Lunatic asylums Bombay report 1878-1890 - 1878-1890
Year: 1878
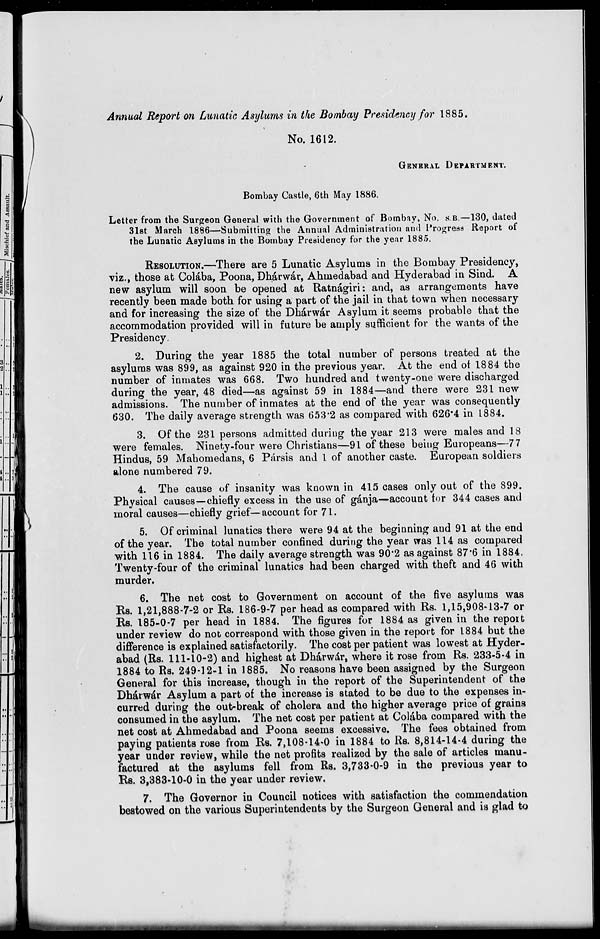
Annual Report on Lunatic Asylums in the Bombay Presidency for 1885.
No. 1612.
GENERAL DEPARTMENT.
Bombay Castle, 6th May 1886.
Letter from the Surgeon General with the Government of Bombay, No. S.B.—130, dated
31st March 1886—Submitting the Annual Administration and Progress Report of
the Lunatic Asylums in the Bombay Presidency for the year 1885.
RESOLUTION.—There are 5 Lunatic Asylums in the Bombay Presidency,
viz., those at Colába, Poona, Dhárwár, Ahmedabad and Hyderabad in Sind. A
new asylum will soon be opened at Ratnágiri: and, as arrangements have
recently been made both for using a part of the jail in that town when necessary
and for increasing the size of the Dhárwár Asylum it seems probable that the
accommodation provided will in future be amply sufficient for the wants of the
Presidency.
2. During the year 1885 the total number of persons treated at the
asylums was 899, as against 920 in the previous year. At the end of 1884 the
number of inmates was 668. Two hundred and twenty-one were discharged
during the year, 48 died—as against 59 in 1884—and there were 231 new
admissions. The number of inmates at the end of the year was consequently
630. The daily average strength was 653.2 as compared with 626.4 in 1884.
3. Of the 231 persons admitted during the year 213 were males and 18
were females. Ninety-four were Christians—91 of these being Europeans—77
Hindus, 59 Mahomedans, 6 Pársis and 1 of another caste. European soldiers
alone numbered 79.
4. The cause of insanity was known in 415 cases only out of the 899.
Physical causes—chiefly excess in the use of gánja—account for 344 cases and
moral causes—chiefly grief—account for 71.
5. Of criminal lunatics there were 94 at the beginning and 91 at the end
of the year. The total number confined during the year was 114 as compared
with 116 in 1884. The daily average strength was 90.2 as against 87.6 in 1884.
Twenty-four of the criminal lunatics had been charged with theft and 46 with
murder.
6. The net cost to Government on account of the five asylums was
Rs. 1,21,888-7-2 or Rs. 186-9-7 per head as compared with Rs. 1,15,908-13-7 or
Rs. 185-0-7 per head in 1884. The figures for 1884 as given in the report
under review do not correspond with those given in the report for 1884 but the
difference is explained satisfactorily. The cost per patient was lowest at Hyder-
abad (Rs. 111-10-2) and highest at Dhárwár, where it rose from Rs. 233-5-4 in
1884 to Rs. 249-12-1 in 1885. No reasons have been assigned by the Surgeon
General for this increase, though in the report of the Superintendent of the
Dhárwár Asylum a part of the increase is stated to be due to the expenses in-
curred during the out-break of cholera and the higher average price of grains
consumed in the asylum. The net cost per patient at Colába compared with the
net cost at Ahmedabad and Poona seems excessive. The fees obtained from
paying patients rose from Rs. 7,108-14-0 in 1884 to Rs. 8,814-14-4 during the
year under review, while the net profits realized by the sale of articles manu-
factured at the asylums fell from Rs. 3,733-0-9 in the previous year to
Rs. 3,383-10-0 in the year under review.
7. The Governor in Council notices with satisfaction the commendation
bestowed on the various Superintendents by the Surgeon General and is glad to